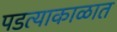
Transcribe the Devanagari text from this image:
पडत्याकाळात